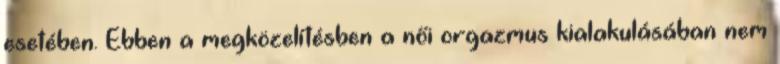
esetében. Ebben a megközelítésben a női orgazmus kialakulásában nem